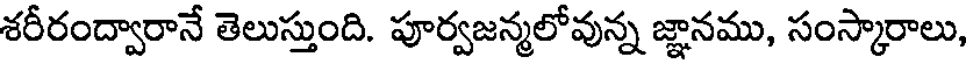
శరీరంద్వారానే తెలుస్తుంది. పూర్వజన్మలోవున్న జ్ఞానము, సంస్కారాలు,